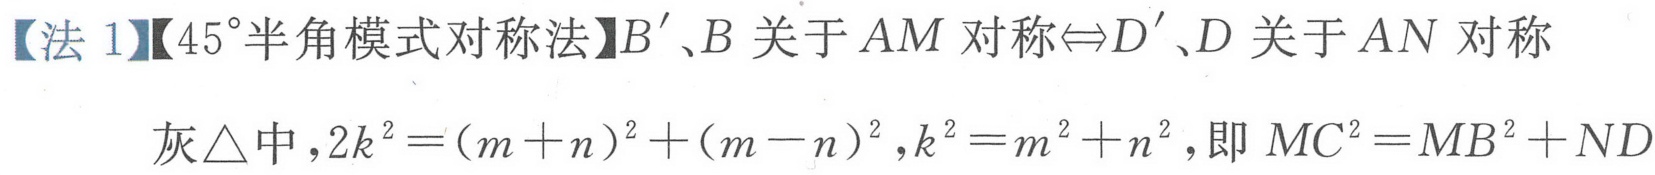
【法 1】【$45^{\circ}$半角模式对称法】$B'、B$关于$AM$对称$\Leftrightarrow D'、D$关于$AN$对称

灰$\triangle$中，$2k^{2}=(m + n)^{2}+(m - n)^{2},k^{2}=m^{2}+n^{2}$，即$MC^{2}=MB^{2}+ND$